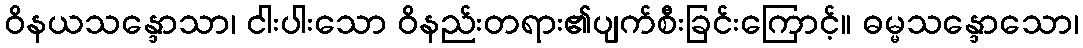
ဝိနယသန္ဒောသာ၊ ငါးပါးသော ဝိနည်းတရား၏ပျက်စီးခြင်းကြောင့်။ ဓမ္မသန္ဒောသော၊